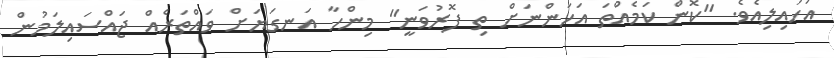
އަހައިލިއެވެ. "ކޮން ކަމެއްތަ އަހަންނަށް ތި ފޮރުވަނީ" މިންހާ އަނގަޔަށް ވައްތަރެއް ޖައްސައިލަމުން